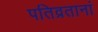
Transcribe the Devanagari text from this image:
पतिव्रतानां